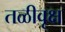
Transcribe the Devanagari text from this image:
तळीवृक्ष